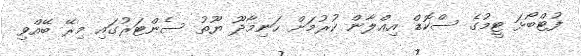
ފުޓްބޯޅަ ޓީމުގެ ސްކޮޑް އިޢްލާން ކުރުމަށް ހަނިމާދޫ ޔޫތު ސެންޓަރުގައި މިރޭ ބޭއްވި